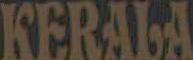
KERALA